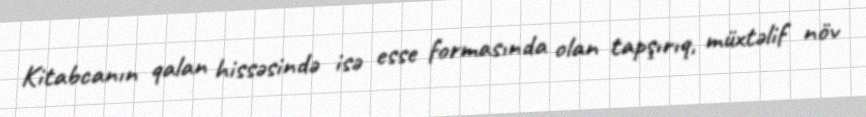
Kitabcanın qalan hissəsində isə esse formasında olan tapşırıq, müxtəlif növ